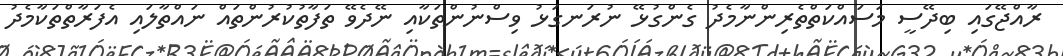
ރާއްޖޭގައި ބިދޭސީ މަސައްކަތްތެރިންނާމެދު ގެންގުޅޭ ނުރަނގަޅު ވިސްނުންތަކާއި ނޭދެވޭ ތަފާތުކުރުންތައް ނައްތާލައި އެފަރާތްތަކާމެދު